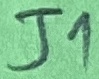
Text: J1